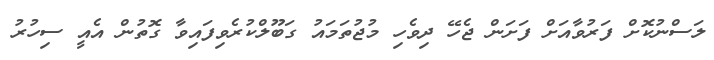
ލަސްނުކޮށް ފަރުވާއަށް ފަށަން ޖެހޭ ދިވެހި މުޖުތަމައު ގަބޫލްކުރެވިފައިވާ ގޮތުން އެއީ ސިހުރު